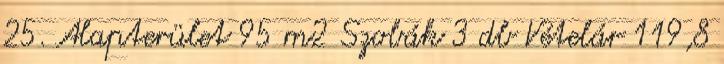
25. Alapterület 95 m2 Szobák 3 db Vételár 119,8